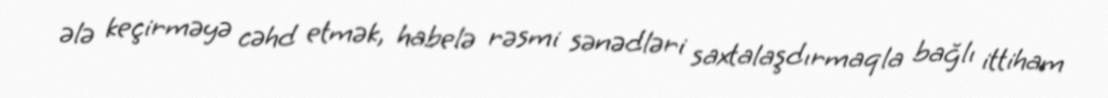
ələ keçirməyə cəhd etmək, habelə rəsmi sənədləri saxtalaşdırmaqla bağlı ittiham